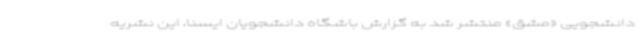
دانشجویی «مشق» منتشر شد به گزارش باشگاه دانشجویان ایسنا، این نشریه